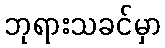
ဘုရားသခင်မှာ